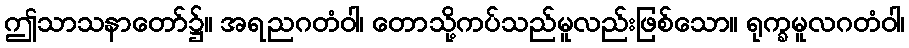
ဤသာသနာတော်၌။ အရညဂတံဝါ၊ တောသို့ကပ်သည်မူလည်းဖြစ်သော။ ရုက္ခမူလဂတံဝါ၊